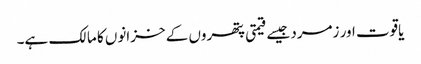
یاقوت اور زمرد جیسے قیمتی پتھروں کے خزانوں کا مالک ہے۔